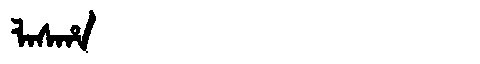
Manchu: ᠯᠠᠰᡥᠠ
Romanization: LASHA